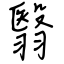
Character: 翳